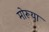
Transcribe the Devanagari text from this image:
मोरूया